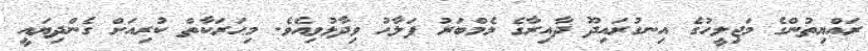
ރައްޔިތުންގެ މަޖިލީހުގެ އިނގުރައިދޫ ދާއިރާގެ މެމްބަރު ފަލާޙު ވިދާޅުވިއެވެ. މިޙަރަކާތް ކުރިއަށް ގެންދިޔައީ